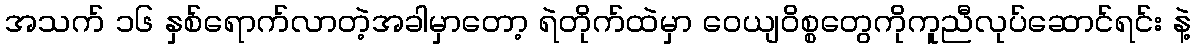
အသက် ၁၆ နှစ်ရောက်လာတဲ့အခါမှာတော့ ရဲတိုက်ထဲမှာ ဝေယျဝိစ္စတွေကိုကူညီလုပ်ဆောင်ရင်း နဲ့